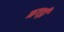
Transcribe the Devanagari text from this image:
नगड़ी